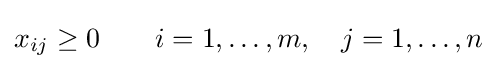
x_{ij}\geq 0\qquad i=1,\ldots ,m,\quad j=1,\ldots ,n